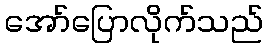
အော်ပြောလိုက်သည်